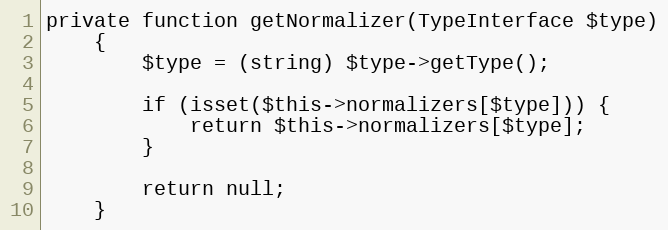
Language: PHP
private function getNormalizer(TypeInterface $type)
    {
        $type = (string) $type->getType();

        if (isset($this->normalizers[$type])) {
            return $this->normalizers[$type];
        }

        return null;
    }